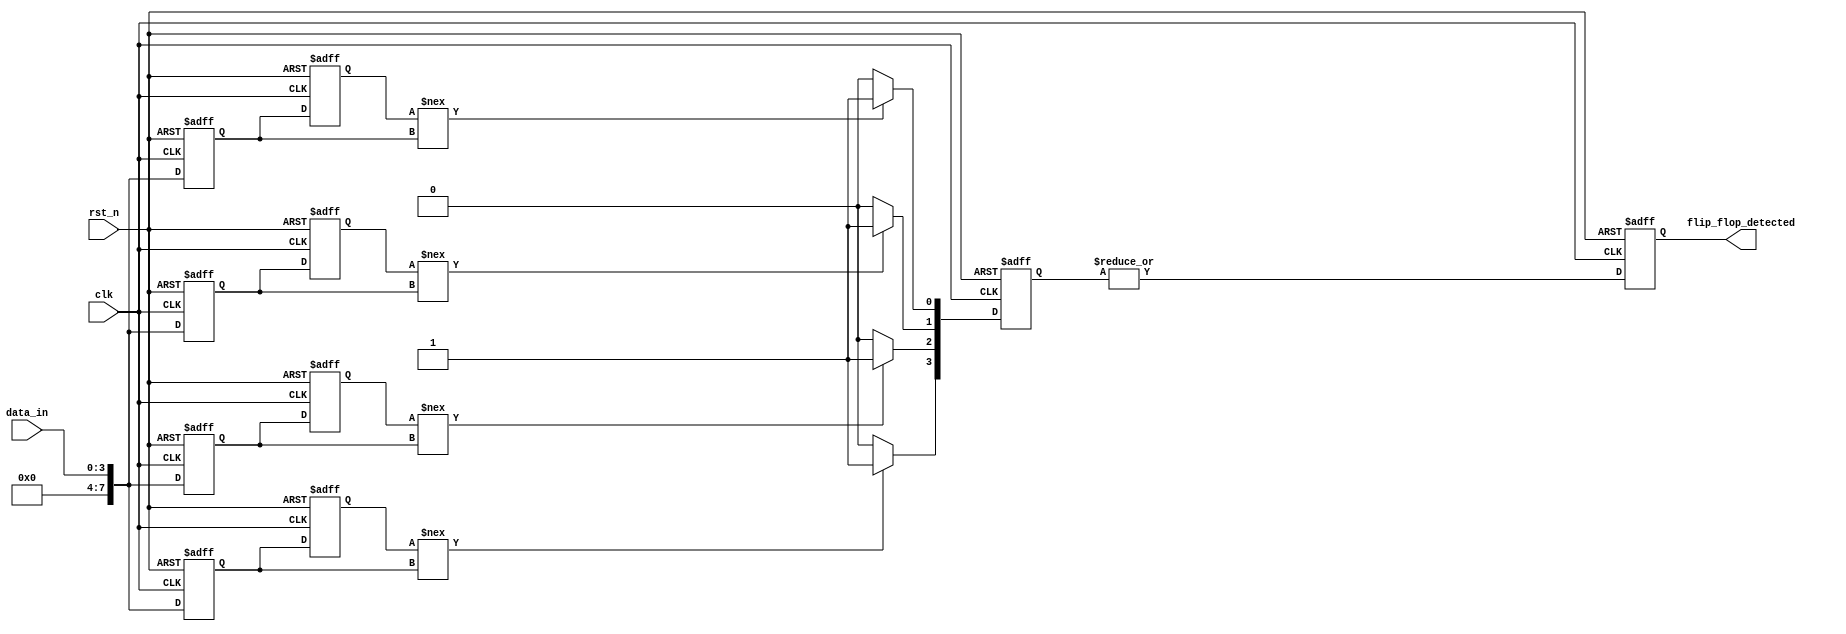
module FlipFlopDetector (
    input wire clk,                // Clock signal
    input wire rst_n,              // Active low reset
    input wire [N-1:0] data_in,    // Input data
    output reg flip_flop_detected   // Output indicator for flip-flop detection
);

parameter N = 4; // Number of memory blocks
parameter BLOCK_SIZE = 8; // Size of each memory block

// Memory block structure
reg [BLOCK_SIZE-1:0] memory_blocks [N-1:0]; // Array of memory blocks
reg [N-1:0] detection_results; // Result of detection for each memory block

// Internal signals for flip-flop detection
reg [BLOCK_SIZE-1:0] prev_data [N-1:0]; // Previous data for comparison

// Flip-flop detection logic
integer i;

always @(posedge clk or negedge rst_n) begin
    if (!rst_n) begin
        // Initialize memory blocks and detection results
        for (i = 0; i < N; i = i + 1) begin
            memory_blocks[i] <= 0;
            prev_data[i] <= 0;
            detection_results[i] <= 0;
        end
        flip_flop_detected <= 0;
    end else begin
        // Sample input data into memory blocks
        for (i = 0; i < N; i = i + 1) begin
            memory_blocks[i] <= data_in; // Store input data into the memory block
            // Check for flip-flop characteristics
            if (prev_data[i] !== memory_blocks[i]) begin
                detection_results[i] <= 1; // Detect flip-flop behavior
            end else begin
                detection_results[i] <= 0; // No flip-flop behavior
            end
            // Store current data as previous for next clock cycle
            prev_data[i] <= memory_blocks[i];
        end
        
        // Compile results from all blocks
        flip_flop_detected <= |detection_results; // OR operation to indicate any detection
    end
end

endmodule